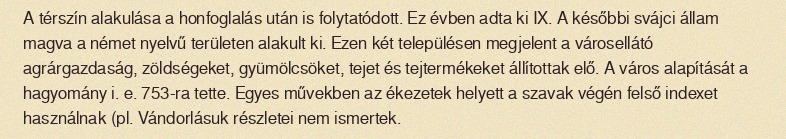
A térszín alakulása a honfoglalás után is folytatódott. Ez évben adta ki IX. A későbbi svájci állam magva a német nyelvű területen alakult ki. Ezen két településen megjelent a városellátó agrárgazdaság, zöldségeket, gyümölcsöket, tejet és tejtermékeket állítottak elő. A város alapítását a hagyomány i. e. 753-ra tette. Egyes művekben az ékezetek helyett a szavak végén felső indexet használnak (pl. Vándorlásuk részletei nem ismertek.